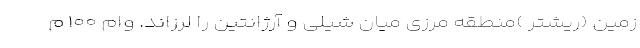
زمین (ریشتر )منطقه مرزی میان شیلی و آرژانتین را لرزاند. وام ۱۰۰ م